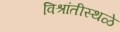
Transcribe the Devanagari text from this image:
विश्रांतीस्थळे